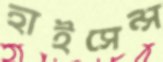
হাইসেন্স